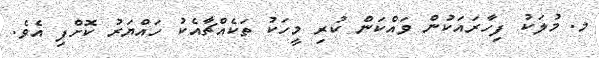
މ. މުލަކު ފިހާރައަކުން ވައްކަން ކުރި މީހަކު ތަކެއްޗާއެކު ހައްޔަރު ކޮށްފި އެވެ.